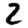
Digit: 2